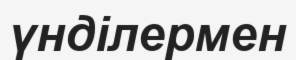
үнділермен